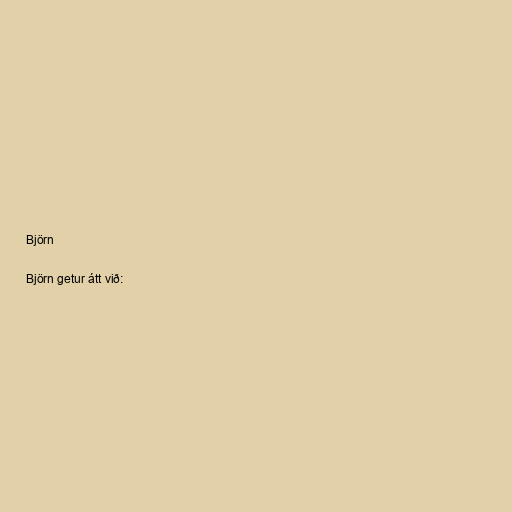
Björn

Björn getur átt við: